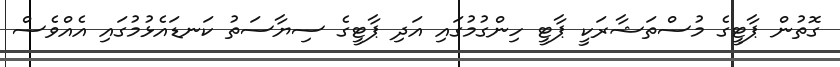
ގޮތުން ޕާޓީގެ މުސްތަޝާރަކީ ޕާޓީ ހިންގުމުގައި އަދި ޕާޓީގެ ސިޔާސަތު ކަނޑައެޅުމުގައި އެއްވެސް